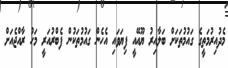
މެދުއިރުމަތީގެ ގައުމުތަކަށް ބަލާއިރު ޔޫއޭއީ ފިޔަވައި އެހެން ގައުމުތަކުން ފެބްރުއަރީ މަހު ރާއްޖެއަށް